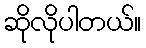
ဆိုလိုပါတယ်။